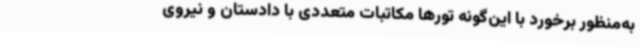
به‌منظور برخورد با این‌گونه تورها مکاتبات متعددی با دادستان و نیروی